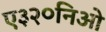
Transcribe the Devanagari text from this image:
ए३२०निओ